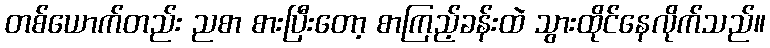
တစ်ယောက်တည်း ညစာ စားပြီးတော့ စာကြည့်ခန်းထဲ သွားထိုင်နေလိုက်သည်။